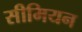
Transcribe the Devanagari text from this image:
सीमियन